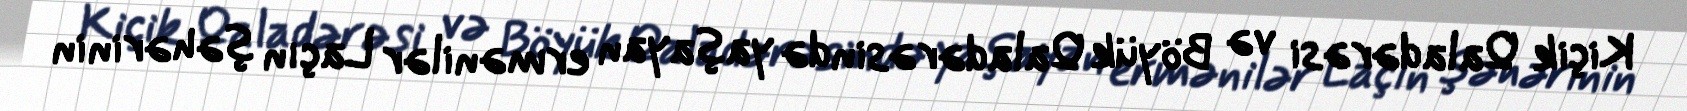
Kiçik Qaladərəsi və Böyük Qaladərəsində yaşayan ermənilər Laçın şəhərinin